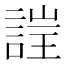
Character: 𲁫